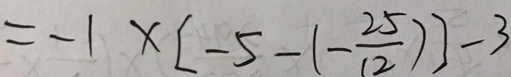
= - 1 \times [ - 5 - ( - \frac { 2 5 } { 1 2 } ) ] - 3